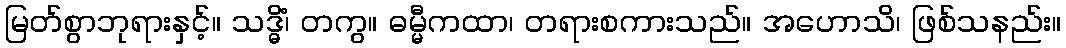
မြတ်စွာဘုရားနှင့်။ သဒ္ဓိံ၊ တကွ။ ဓမ္မီကထာ၊ တရားစကားသည်။ အဟောသိ၊ ဖြစ်သနည်း။